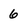
Character: 6